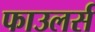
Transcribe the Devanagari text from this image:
फाउलर्स